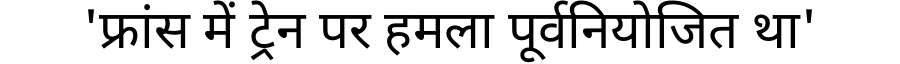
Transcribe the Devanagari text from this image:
'फ्रांस में ट्रेन पर हमला पूर्वनियोजित था'